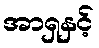
အာရှနှင့်